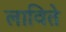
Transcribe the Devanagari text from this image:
लाविते